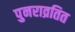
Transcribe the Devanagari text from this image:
पुनराव्रतित